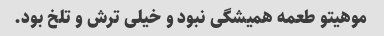
موهیتو طعمه همیشگی نبود و خیلی ترش و تلخ بود.